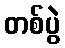
တစ်ပွဲ